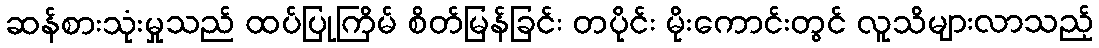
ဆန်စားသုံးမှုသည် ထပ်ပြုကြိမ် စိတ်မြန်ခြင်း တပိုင်း မိုးကောင်းတွင် လူသိများလာသည့်